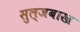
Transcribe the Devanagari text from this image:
सुल्जबाख